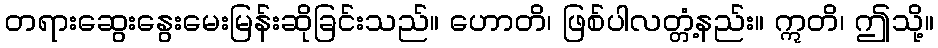
တရားဆွေးနွေးမေးမြန်းဆိုခြင်းသည်။ ဟောတိ၊ ဖြစ်ပါလတ္တံ့နည်း။ ဣတိ၊ ဤသို့။